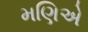
મણિએ